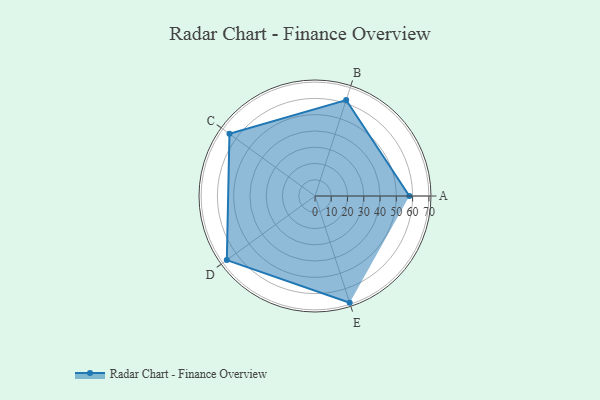
{"axis": {"x": "Skill", "y": "Score"}, "legend": ["Profile"], "data": [{"x": "A", "y": 58.0, "type": "Profile"}, {"x": "B", "y": 62.0, "type": "Profile"}, {"x": "C", "y": 65.0, "type": "Profile"}, {"x": "D", "y": 67.0, "type": "Profile"}, {"x": "E", "y": 69.0, "type": "Profile"}]}